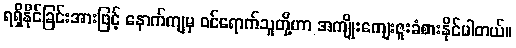
ရရှိနိုင်ခြင်းအားဖြင့် နောက်ကျမှ ဝင်ရောက်သူတို့ဟာ အကျိုးကျေးဇူးခံစားနိုင်ပါတယ်။